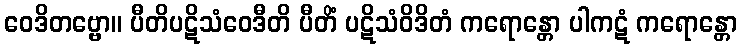
ဝေဒိတဗ္ဗော။ ပီတိပဋိသံဝေဒီတိ ပီတိံ ပဋိသံဝိဒိတံ ကရောန္တော ပါကဋံ ကရောန္တော